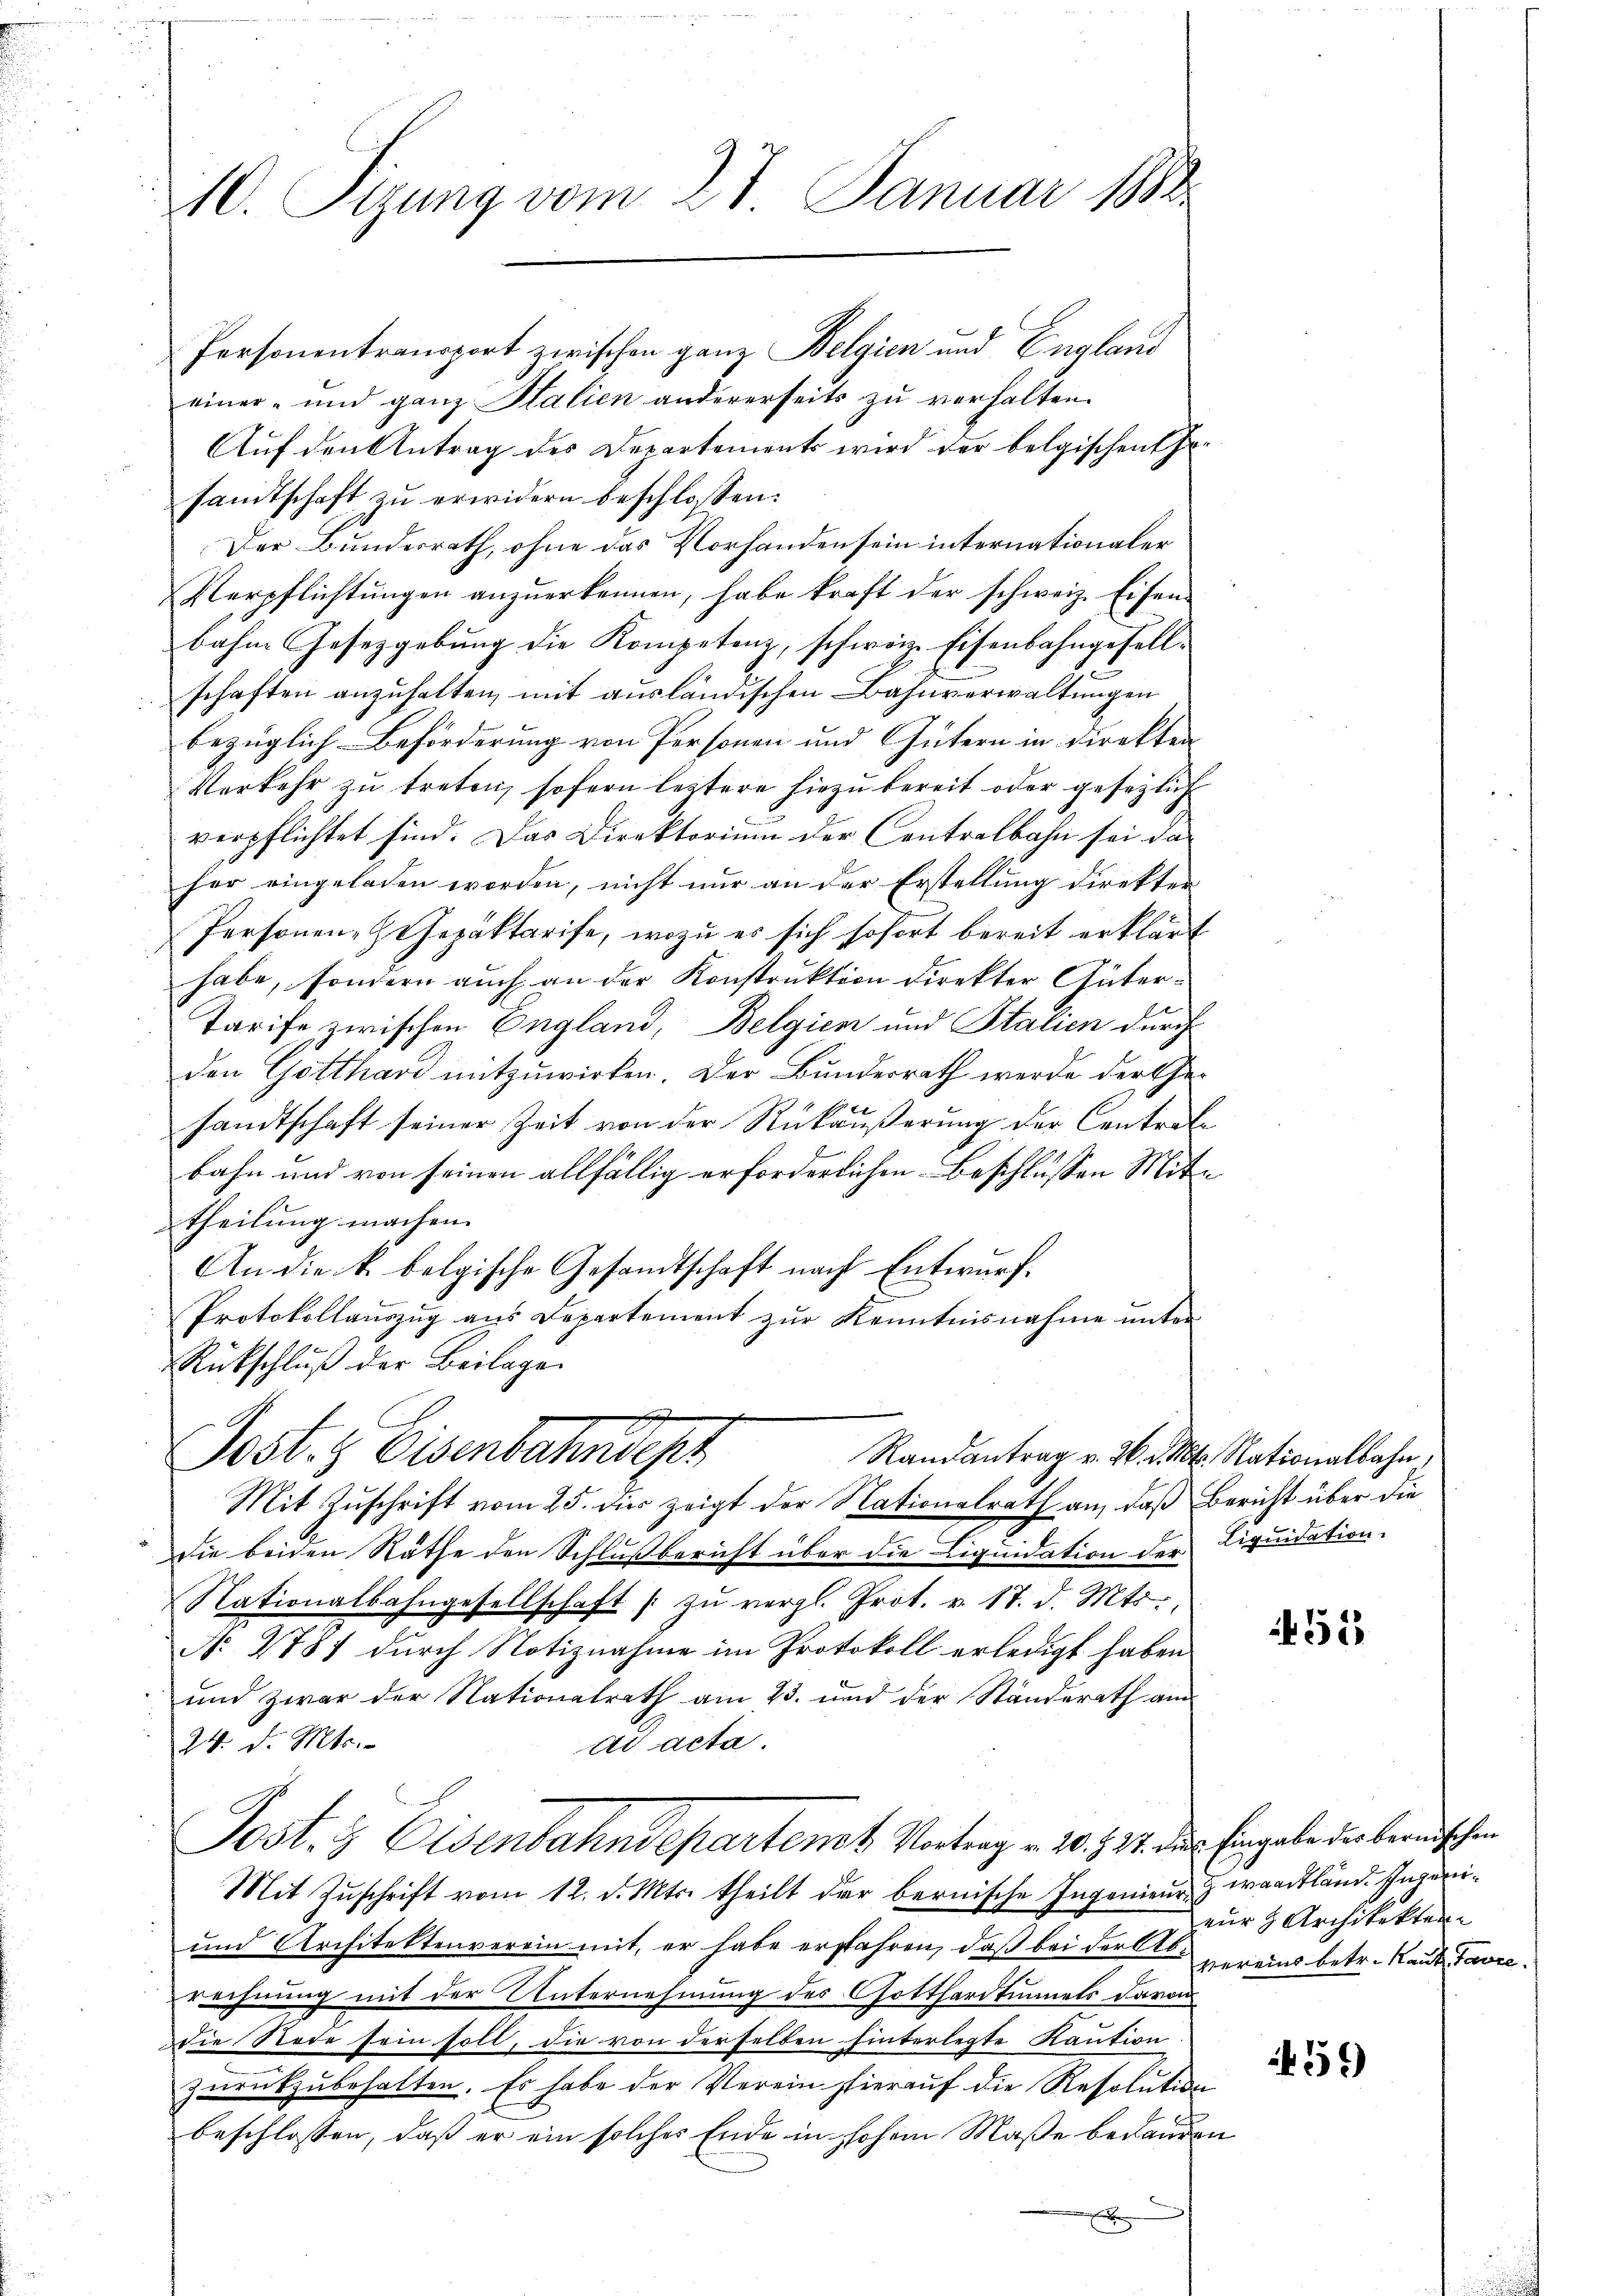
10. Sizung vom 27. Januar 1882

Personentransport zwischen ganz Belgien und England
einer- und ganz Halien andererseits zu verhalten.
Auf den Antrag des Departements wird der belgischen Er
sandtschaft zu erwidern beschlossen:
Der Bundesrath, ohne das Vorhanden sein internationaler
Verpflichtungen anzuerkennen, habe kraft der schweiz. Eisenbahne Gesetzgebung die Kompetenz, schweiz. Eisenbahngesellschaften anzuhalten, mit ausländischen Bahnverwaltungen
bezüglich Beförderung von Personen und Gütern in direkten
Verkehr zu treten, sofern leztere hiezu bereit oder gesezlich
verpflichtet sind. Das Direktorium der Contralbahn sei da
her eingeladen worden, nicht nur an der Erstellung direkten
Personen-ZGepäktarise, wozu es sich sofort bereit erklärt
habe, sondern auch an der Konstruktion direkter Güter¬
Tarife zwischen England, Belgien und Statien durch
den Gotthard mitzuwirken. Der Bundesrath werde der Gesandtschaft seiner Zeit von der Rükäußerung der Central-
bahn und von seinen allfällig erforderlichen Beschlüssen Mittheilung machen.
An die k. belgische Gesandtschaft nach Entwurf.
Protokollauszug aus Departement zur Kenntnisnahme unter
Rückschluß der Beilage
Post. Eisenbahndepr
Randantrag v. 26. d. Mt. Nationalbahn,
Mit Zuschrift vom 25. die zeigt der Nationalrath an, daß Bericht über die
die beiden Räthe den Schlußbericht über die Liquidation der Liquidation.
Nationalbahngesellschaft zŭ vergl. Prot. v. 17. d. Mts.,
No. 2781 durch Notiznahme im Protokoll erledigt haben.
und zwar der Nationalrath am 23. und der Standerath am
24. d. Mts.
ti acta.
Post- & Eisenbahndepartenst Vortrag v. 20. § 24. die Eingabe der bernischen
Mit Zuschrift vom 12. d. Mts. theilt der bernische Ingenieur & waadtländ. Ingeni¬
und Architektenverein mit, er habe erfahren, daß bei der Al. vereins betr. Kaut Favrerechnung mit der Unternehmung des Gotthardtunnels davon
die Rede sein soll, die von derselben hinterlegte Raution
zurückzubehalten. Es habe der Verein hierauf die Resolution
beschlossen, daß er ein solches Ende in hohen Maße bedauren
x

51

nur & Architekten

t

59)